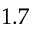
1 . 7